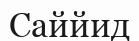
Саййид